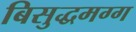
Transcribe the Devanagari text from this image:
बिसुद्धमग्ग